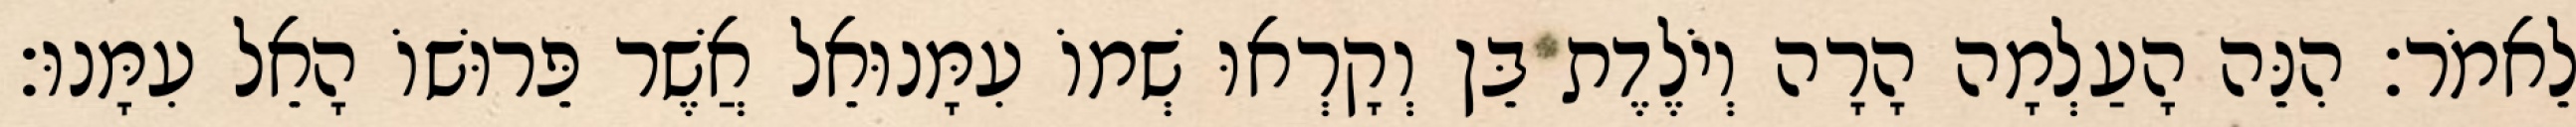
לֵאמֹר׃ הִנֵּה הָעַלְמָה הָרָה וְיֹלֶדֶת בֵּן וְקָרְאוּ שְׁמוֹ עִמָּנוּאֵל אֲשֶׁר פֵּרוּשׁוֹ הָאֵל עִמָּנוּ׃